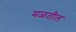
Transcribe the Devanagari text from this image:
मळतील